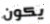
يكون